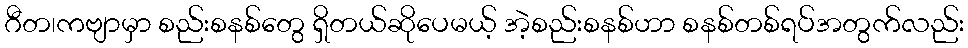
ဂီတ၊ကဗျာမှာ စည်းစနစ်တွေ ရှိတယ်ဆိုပေမယ့် အဲ့စည်းစနစ်ဟာ စနစ်တစ်ရပ်အတွက်လည်း